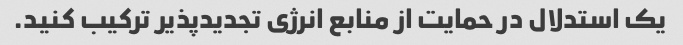
یک استدلال در حمایت از منابع انرژی تجدیدپذیر ترکیب کنید.